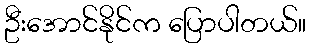
ဦးအောင်နိုင်က ပြောပါတယ်။